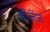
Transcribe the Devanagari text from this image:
लौजेंज